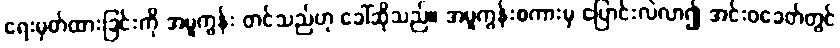
ရေးမှတ်ထားခြင်းကို အမူကွန်း တင်သည်ဟု ခေါ်ဆိုသည်။ အမူကွန်းစကားမှ ပြောင်းလဲလာ၍ အင်းဝခေတ်တွင်